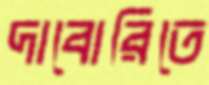
দাবোরিতে